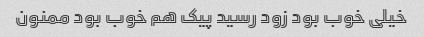
خیلی خوب بود زود رسید پیک هم خوب بود ممنون